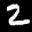
Label: 2